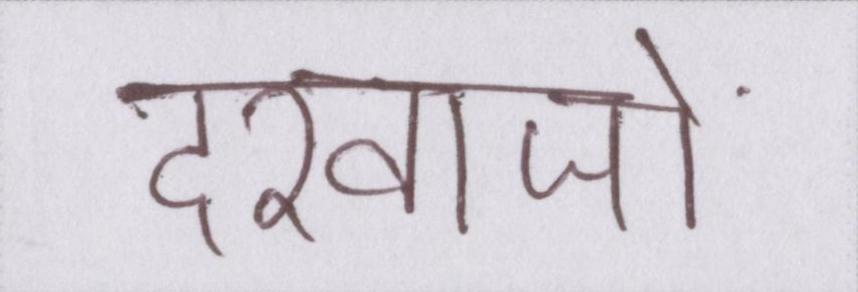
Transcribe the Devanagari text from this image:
दरवाजों